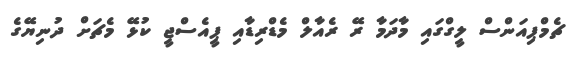
ޗެމްޕިއަންސް ލީގްގައި މާދަމާ ރޭ ރެއާލް މެޑްރިޑާއި ޕީއެސްޖީ ކުޅޭ މެޗަށް ދުނިޔޭގެ